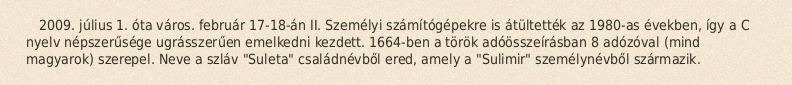
2009. július 1. óta város. február 17-18-án II. Személyi számítógépekre is átültették az 1980-as években, így a C nyelv népszerűsége ugrásszerűen emelkedni kezdett. 1664-ben a török adóösszeírásban 8 adózóval (mind magyarok) szerepel. Neve a szláv "Suleta" családnévből ered, amely a "Sulimir" személynévből származik.